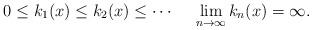
LaTeX: \begin{align*}0 \leq k_1(x) \leq k_2(x) \leq \cdots\ \ \ \ \lim\limits_{n \to \infty}k_n(x) = \infty.\end{align*}